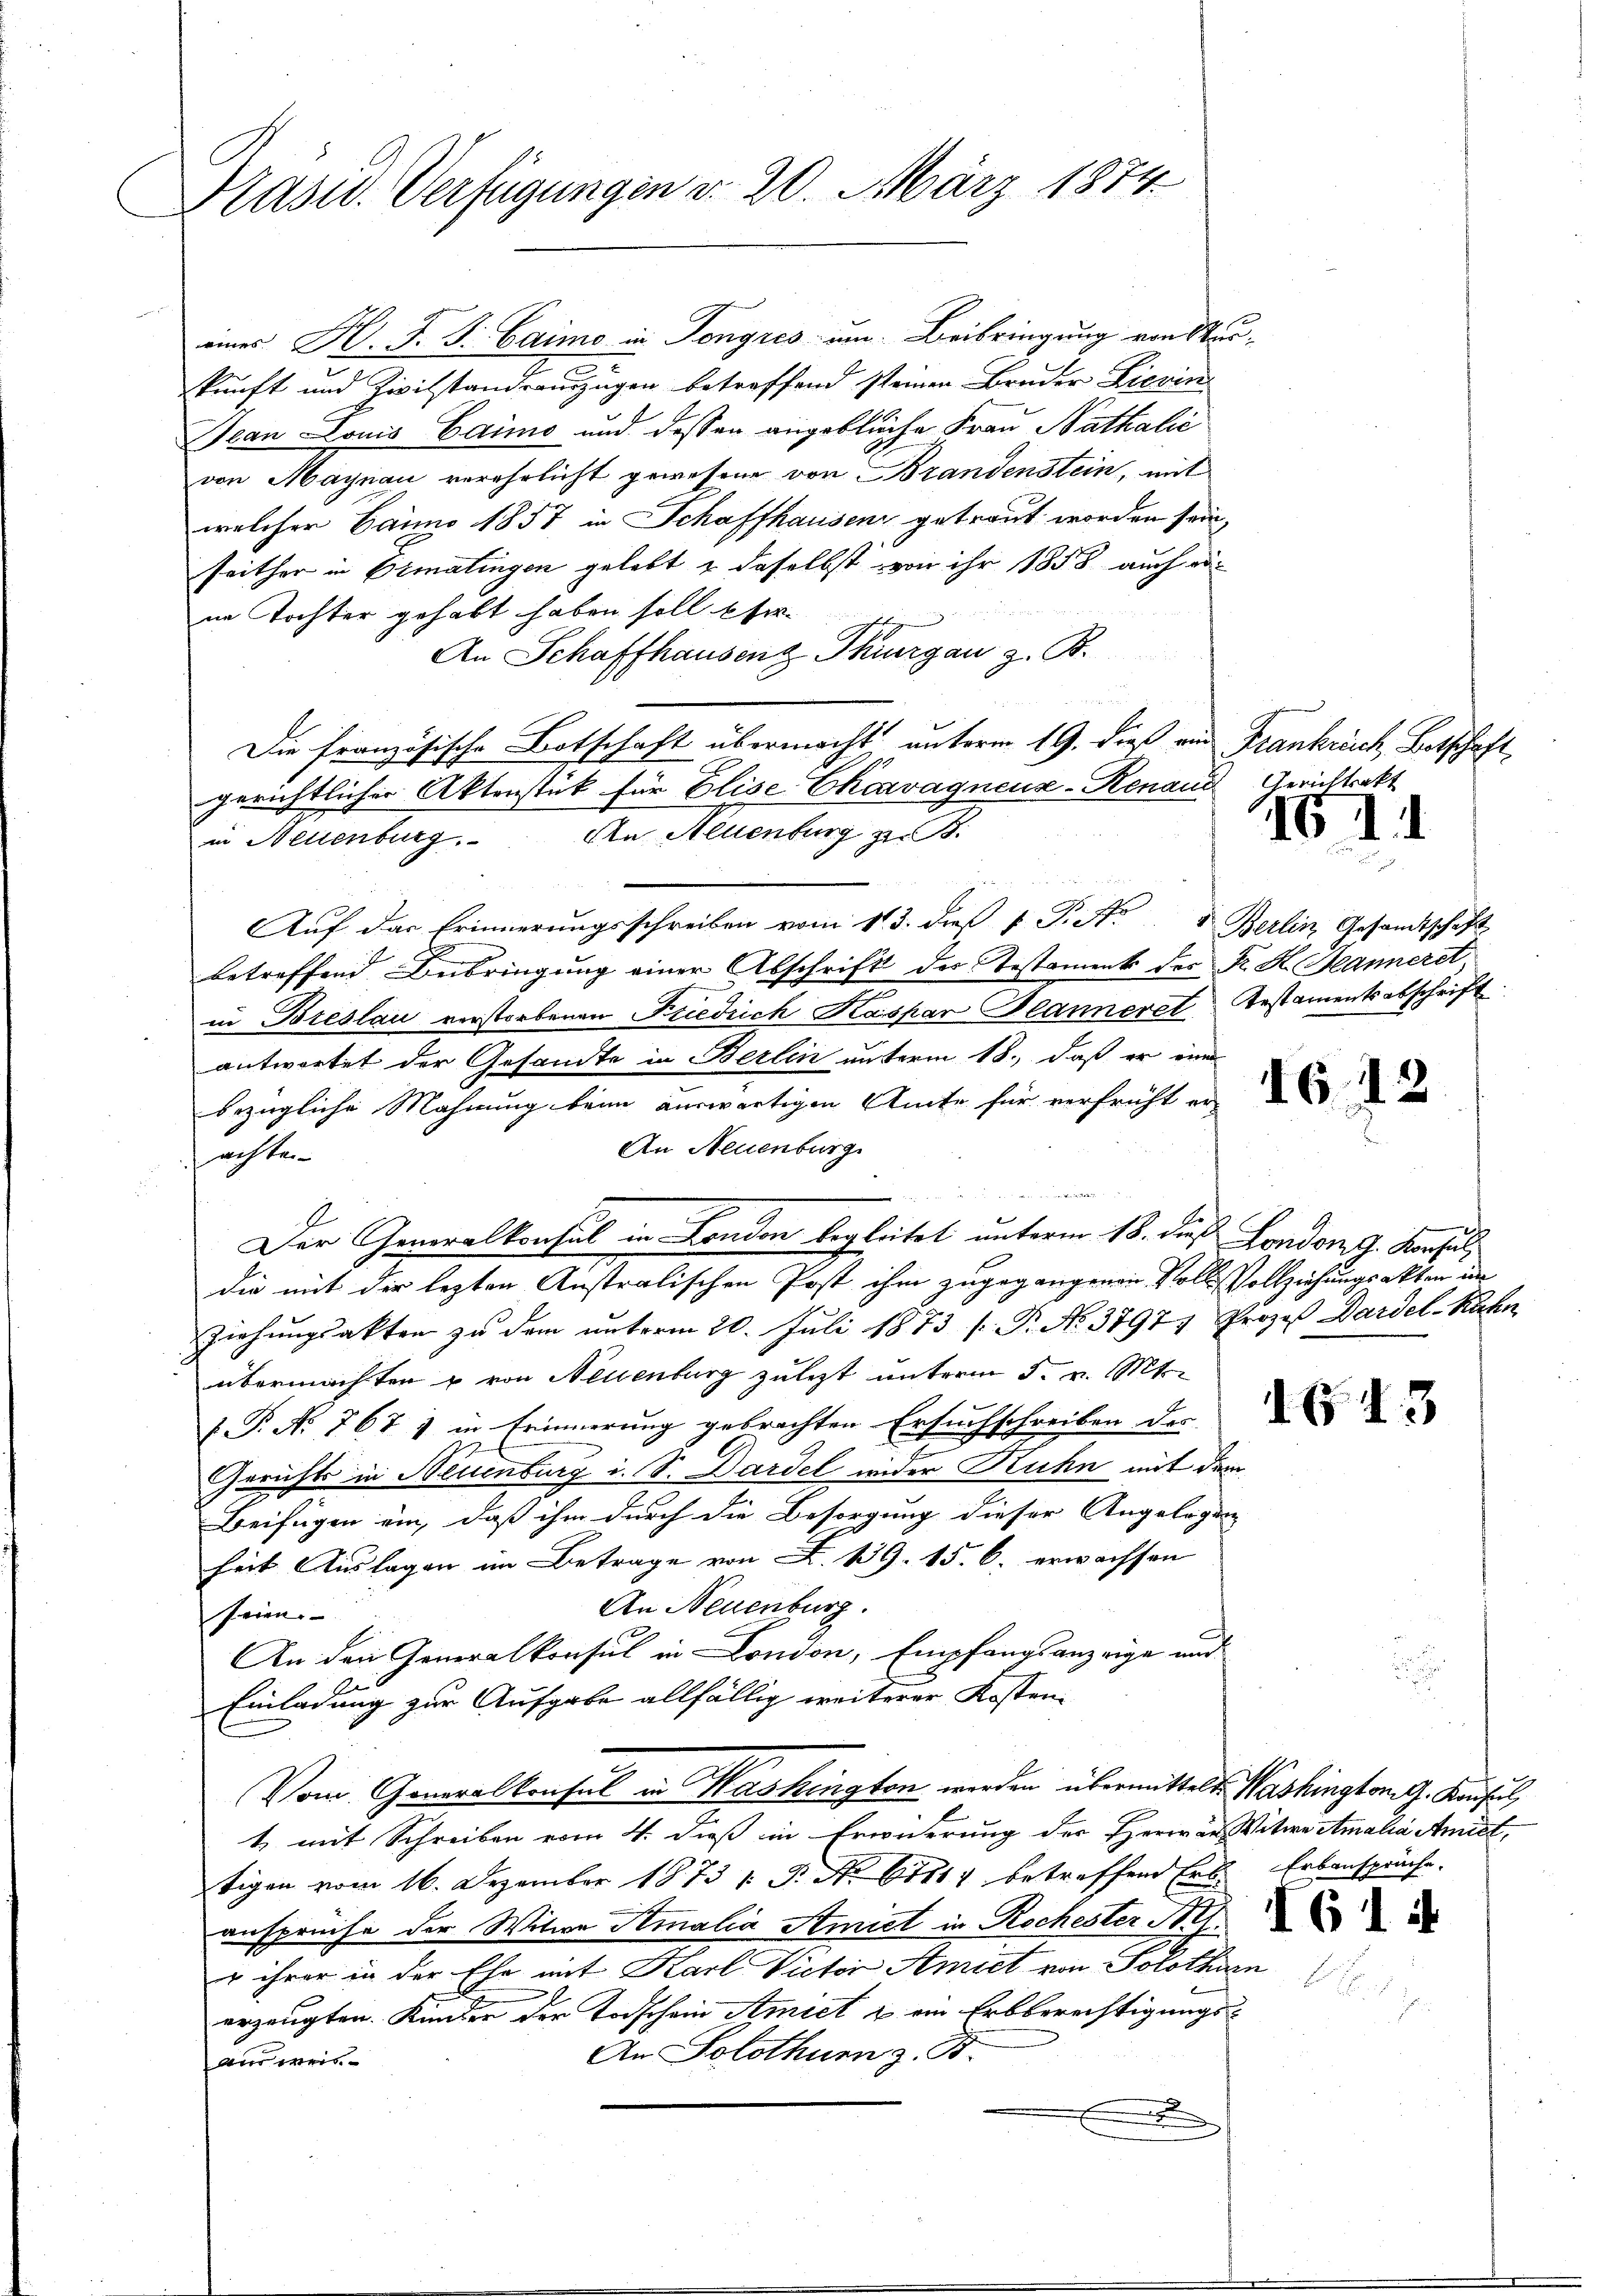
Präsid. Verfügungen d. 20. März 1874.

eines H. J. J. Caimo in Tongres um Beibringung von Mur-
kunft und Zivilstandsauszügen betreffend steinen Bruder Lierin
Jean Louis Caimo und dessen angebliche Frau Nathalić
von Maynau verehrlicht gewesene von Brandenstein, mit
welcher Janno 1857 in Schaffhausen getraut worden sein,
seither in Ermatingen gelebt & daselbst von ihr 1858 auch ei
ne Tochter gehabt haben soll Efer
An Schaffhausenz Thurgau z. B.
Die französische Botschaft übermacht unterm 19. dieß und Frankreich, Betschaft
gerichtlicher Aktenstück für Elise Chevagnens-Renaud Gerichtsakt
in Neuenburg. An Allenburg z. B.
Auf das Erinnerungsschreiben vom 113. dieß v. J. A. " Berlin, Gesandtschaft
betreffend Bebringung einer Abschrift des Testamenk des Fr. K. Manneret,
in Breslau verstorbenen Friedrich Kaspar Planneret Testaments abschrift
antwortet der Gesandte in Berlin unterm 18., daß er eine
bezügliche Mahnung beim auswärtigen Amte für verfrüht an
An Neuenburg
achten

A
Der Generalkonsul in London begleitet unterm 18. dieß London J. Konsul
die mit dir lezten Anstralischen Post ihm zugegangenen Voll-Vollziehungsakten im
Ziehungsakten zu dem unterm 20. Juli 1873 s P. No. 3797. Prozeß Dardel-Kahn
übermachten u von Neuenburg zuletzt unterm 5. v. Mts.
P.P. No 767 1 in Erinnerung gebrachten Ersuchschreiben des
Gerichts in Neuenburg i. S. Dardel wieder Ruhn mit dem
Beifügen ein, daß ihm durch die Besorgung dieser Angelegten
heit Auslagen im Betrage von Z. 19. 15. 6. erwachsen
An Neuenburg.
seien.
An den Generalkonsul in London, Empfangsanzeige und
Einladung zur Aufgabe allfällig weiterer Kosten¬
Vom Generalkonsul in Washington werden übermittelt. Washington G. Konsul
t mit Schreiben vom 4. dieß in Erwirrung der Herren Witwe Amalia Amiet
tigen vom 16. Dezember 1873 [ P. No 61114 betreffend Erb-
ansprüche der Witwe Semalia Amist in Rochester A. G.
 ihrer in der Ehe mit Karl Victor Amiet von Solothurn
erzeugten. Kunder der Todschein Amiet u ein Erbberechtigungs¬
An Solothurn z. B.
aus weis

IG 111

143

Erbansprüche.